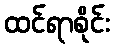
ထင်ရာစိုင်း